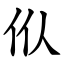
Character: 㐺